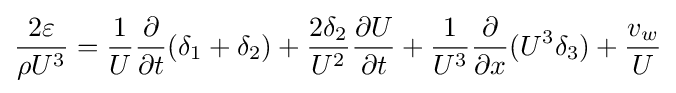
{\frac {2\varepsilon }{\rho U^{3}}}={\frac {1}{U}}{\frac {\partial }{\partial t}}(\delta _{1}+\delta _{2})+{\frac {2\delta _{2}}{U^{2}}}{\frac {\partial U}{\partial t}}+{\frac {1}{U^{3}}}{\frac {\partial }{\partial x}}(U^{3}\delta _{3})+{\frac {v_{w}}{U}}